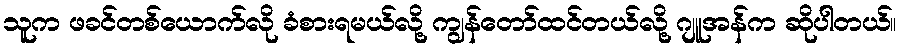
သူက ဖခင်တစ်ယောက်လို ခံစားရမယ်လို့ ကျွန်တော်ထင်တယ်လို့ ဂျူအန်က ဆိုပါတယ်။